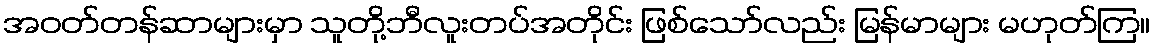
အဝတ်တန်ဆာများမှာ သူတို့ဘီလူးတပ်အတိုင်း ဖြစ်သော်လည်း မြန်မာများ မဟုတ်ကြ။